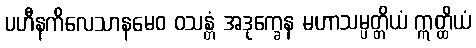
ပဟီနကိလေသာနမေဝ ဝသန္တံ အဒုက္ခေန မဟာသမ္ပတ္တိယံ ဣတ္ထိယံ